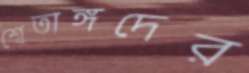
শ্বেতাঙ্গদের